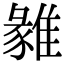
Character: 𩀅